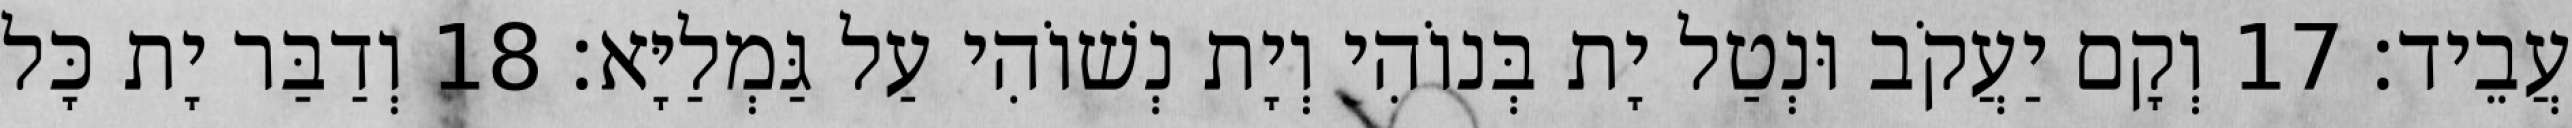
עֲבֵיד׃ 17 וְקָם יַעֲקֹב וּנְטַל יָת בְּנוֹהִי וְיָת נְשׁוֹהִי עַל גַּמְלַיָּא׃ 18 וְדַבַּר יָת כָּל